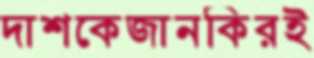
দাশকেজানকিরই